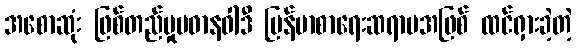
အစောဆုံး ဖြစ်တည်မှုပဓာနဝါဒီ မြန်မာစာရေးဆရာမအဖြစ် ထင်ရှားခဲ့တဲ့